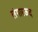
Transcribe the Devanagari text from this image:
लंगारऊद